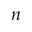
n